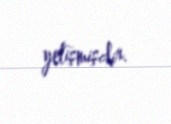
yetişmişdir.